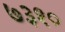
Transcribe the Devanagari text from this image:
७३१०